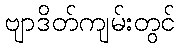
ဗျာဒိတ်ကျမ်းတွင်